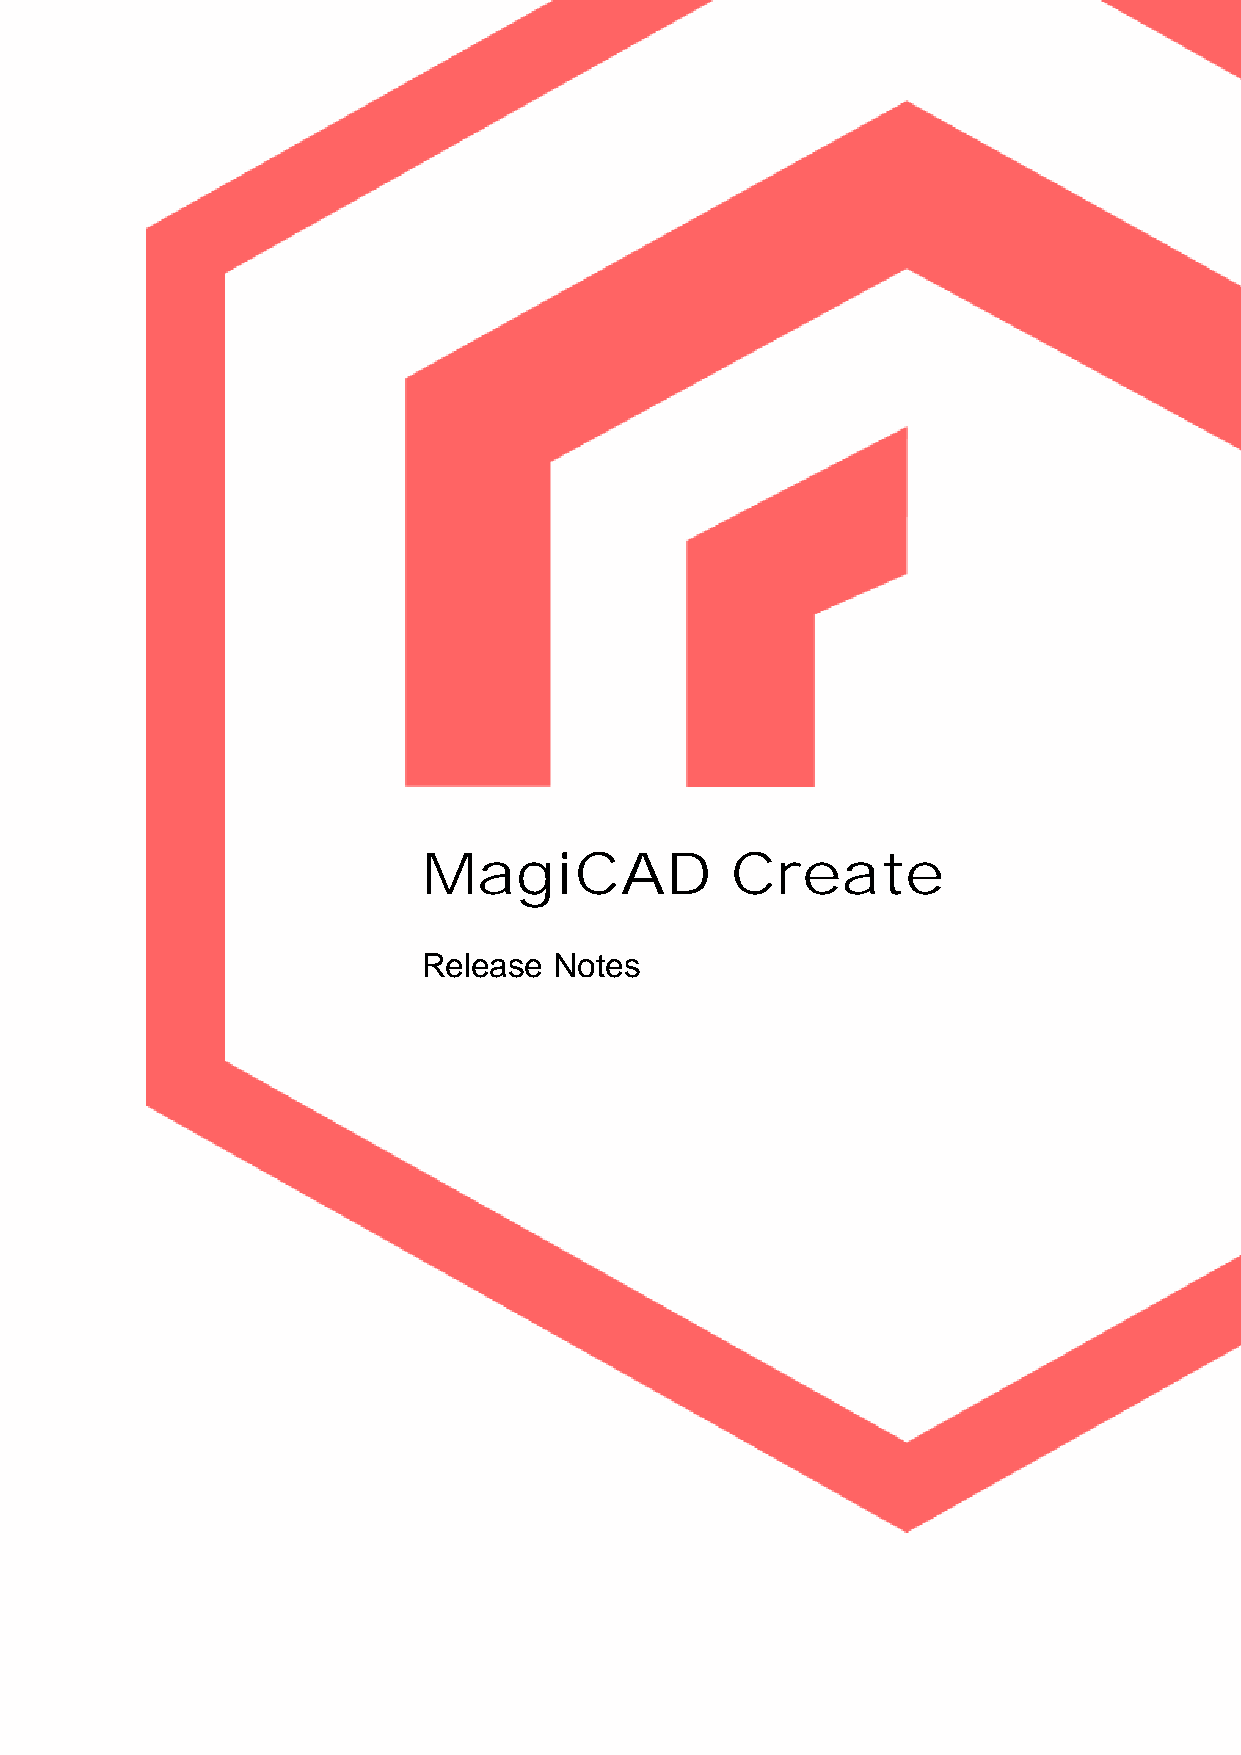
MagiCAD             Create
 Release  Notes
 MagiCAD          Create      -  User     Gde